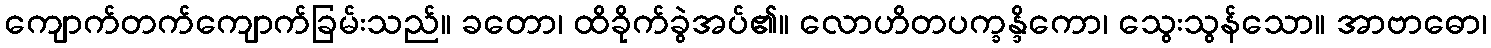
ကျောက်တက်ကျောက်ခြမ်းသည်။ ခတော၊ ထိခိုက်ခွဲအပ်၏။ လောဟိတပက္ခန္ဒိကော၊ သွေးသွန်သော။ အာဗာဓော၊